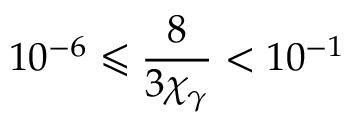
1 0 ^ { - 6 } \leqslant \frac { 8 } { 3 \chi _ { \gamma } } < 1 0 ^ { - 1 }